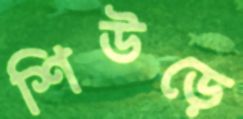
শিউড়ে